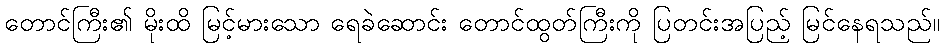
တောင်ကြီး၏ မိုးထိ မြင့်မားသော ရေခဲဆောင်း တောင်ထွတ်ကြီးကို ပြတင်းအပြည့် မြင်နေရသည်။